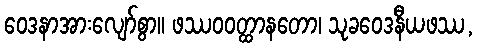
ဝေဒနာအားလျော်စွာ။ ဖဿဝဝတ္ထာနတော၊ သုခဝေဒနီယဖဿ,